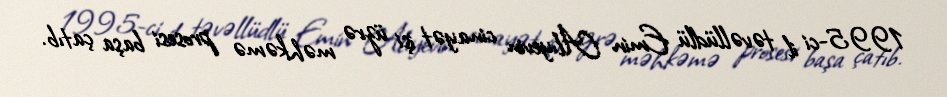
1995-ci il təvəllüdlü Emin Alıyevin cinayət işi üzrə məhkəmə prosesi başa çatıb.